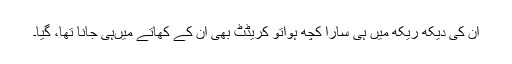
ان کی دیکھ ریکھ میں ہی سارا کچھ ہواتو کریڈٹ بھی ان کے کھاتے میںہی جانا تھا، گیا۔